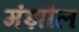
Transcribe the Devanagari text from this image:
मंझौल